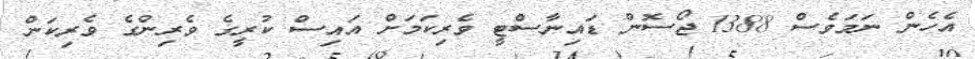
އެހެން ނަމަވެސް 1388 ޖޯސޮން ޑައިނާސްޓީ ވެރިކަމަށް އައިސް ކުރީގެ ވެރިންގެ ވެރިކަން